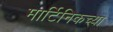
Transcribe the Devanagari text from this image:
मार्टिनिकच्या